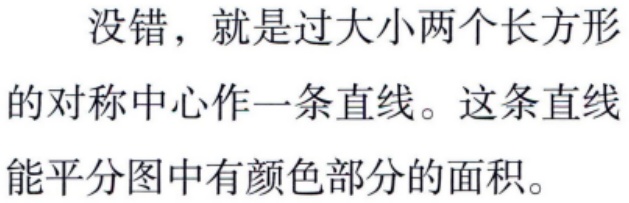
没错，就是过大小两个长方形

的对称中心作一条直线。这条直线

能平分图中有颜色部分的面积。